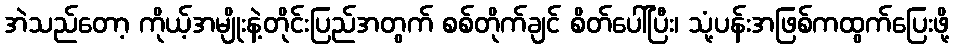
အဲသည်တော့ ကိုယ့်အမျိုးနဲ့တိုင်းပြည်အတွက် စစ်တိုက်ချင် စိတ်ပေါ်ပြီး၊ သုံ့ပန်းအဖြစ်ကထွက်ပြေးဖို့